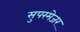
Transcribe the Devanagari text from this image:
सुपरमेजर